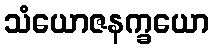
သံယောဇနက္ခယော